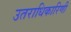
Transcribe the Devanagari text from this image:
उतराधिकारिणी